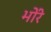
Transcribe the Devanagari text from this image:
भोंरे